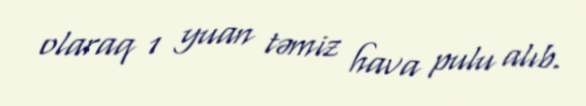
olaraq 1 yuan təmiz hava pulu alıb.